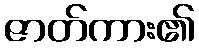
ဇာတ်ကား၏